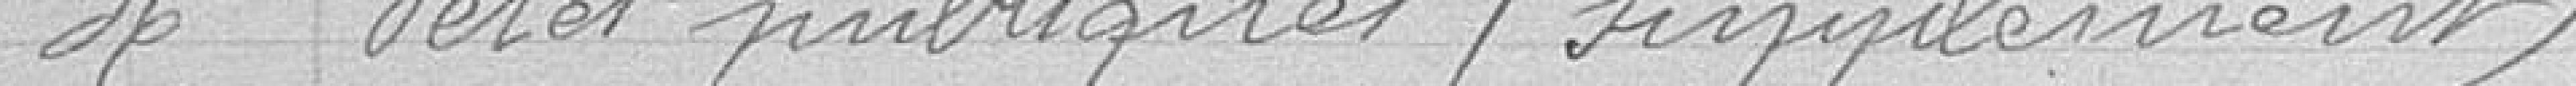
36 Fêtes publiques / Supplément /